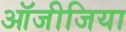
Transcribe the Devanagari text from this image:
ऑजीजिया